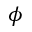
\phi